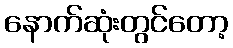
နောက်ဆုံးတွင်တော့